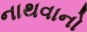
નાથવાનો